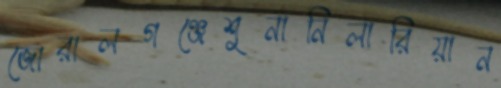
জোরালগঞ্জেশুনানিলারিয়ান